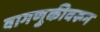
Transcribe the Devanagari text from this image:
वागणुकीवरून